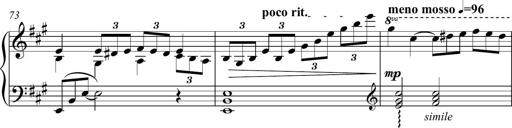
Title: Piano Sonatina in A major
Composer: Z Q Sysmoebius
Key: A major